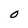
Character: O